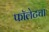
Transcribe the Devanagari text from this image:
फॉलेटचा